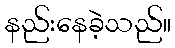
နည်းနေခဲ့သည်။